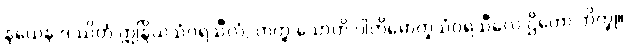
နယေန ဒဿိတံ ဣန္ဒြိယသံဝရသီလံ, တတ္ထ သောတိ ပါတိမောက္ခသံဝရသီလေ ဌိတော ဘိက္ခု။